Vaccination North-Western Provinces and Oudh 1878-1895 - 1878-1895
Year: 1878
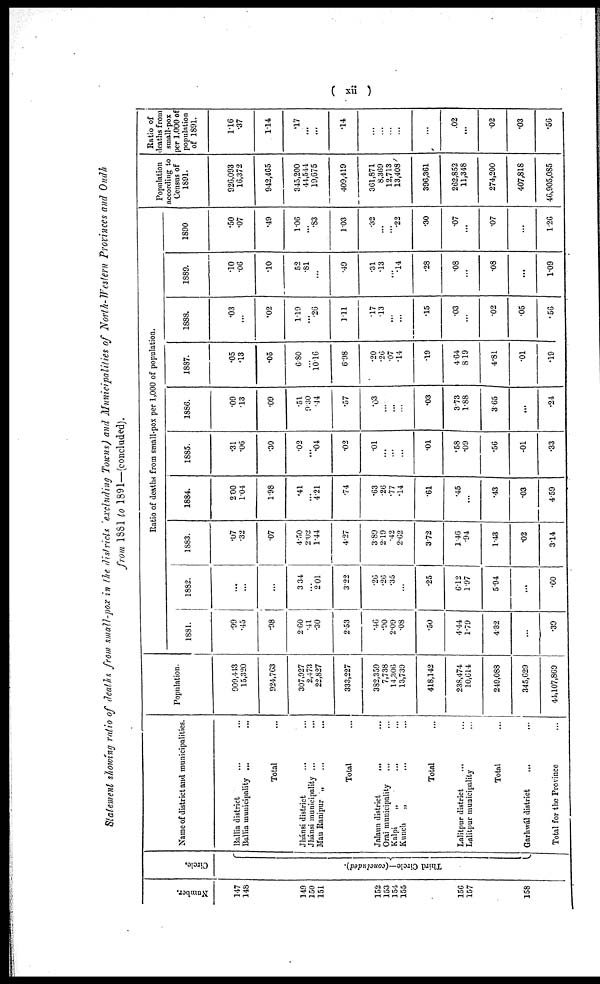
( xii )
Statement showing ratio of deaths from small-pox in the districts 'excluding Towns) and Municipalities of North-Western Provinces and Oudh
from 1881 to 1891—(concluded).
Number.
147
148
149
150
151
152
153
154
155
156
157
158
Circle.
Third Circle—(concluded).
Name of district and municipalities.
Ballia district ... ...
Ballia municipality ... ...
Total ...
Jhánsi district ... ...
Jhánsi municipality ...
Mau Ranipur „ ... ...
Total ...
Jalaun district
... ...
Orai municipality ... ...
Kalpi
„ ... ...
Kunch
„ ... ...
Total ...
Lalitpur district
... ...
Lalitpur municipality ...
Total ...
Garhwál district ... ...
Total for the Province ...
Population.
909,443
15,320
924,763
307,927
2,473
22,827
333,227
382,359
7,738
14,306
13,739
418,142
238,474
10,614
249,088
345,629
44,107,869
Ratio of deaths from small-pox per 1,000 of population.
1881.
.99
.45
.98
2.60
.41
.30
2.53
.46
.90
2.09
.08
.50
4.44
1.19
4.32
...
.39
1882.
...
...
...
3.34
...
2.01
3.22
.26
.26
.35
...
.25
6.12
1.97
5.94
...
.60
1883.
.07
.32
.07
4.50
2.02
1.44
4.27
3.89
2.19
.42
2.62
3.72
1.46
.94
1.43
.02
3.14
1884.
2.00
1.04
1.98
.41
...
4.21
.74
.63
.26
.77
.14
.61
.45
...
.43
.03
4.59
1885.
.31
.06
.30
.02
...
.04
.02
.01
...
...
...
.01
.58
.09
.56
.01
.33
1886.
.09
.13
.09
.51
9.30
.44
.57
.03
...
...
...
.03
3.73
1.88
3.65
...
.24
1887.
.05
.13
.05
6.80
...
10.16
6.98
.20
.26
.07
.14
.19
4.64
8.19
4.81
.01
.19
1888.
.03
...
.02
1.19
...
.26
1.11
.17
.13
...
...
.15
.03
...
.02
.05
.56
1889.
.10
.06
.10
52
.81
...
.49
.31
.13
...
.14
.28
.08
...
.08
...
1.09
1890
.50
.07
.49
1.06
...
.83
1.03
.32
...
...
.22
.30
.07
...
.07
...
1.26
Population
according to
Census of
1891.
920,093
16,372
942,465
345,200
44,544
19,675
409,419
361,871
8,369
12,713
13,408
396,361
262,852
11,348
274,200
407,818
46,905,085
Ratio of
deaths from
small-pox
per 1,000 of
population
of 1891.
1.16
.37
1.14
.17
...
...
.14
...
...
...
...
...
.02
...
.02
.03
.56